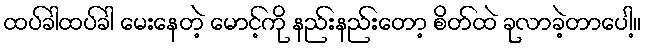
ထပ်ခါထပ်ခါ မေးနေတဲ့ မောင့်ကို နည်းနည်းတော့ စိတ်ထဲ ခုလာခဲ့တာပေါ့။